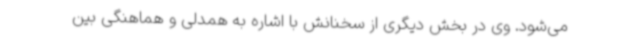
می‌شود. وی در بخش دیگری از سخنانش با اشاره به همدلی و هماهنگی بین